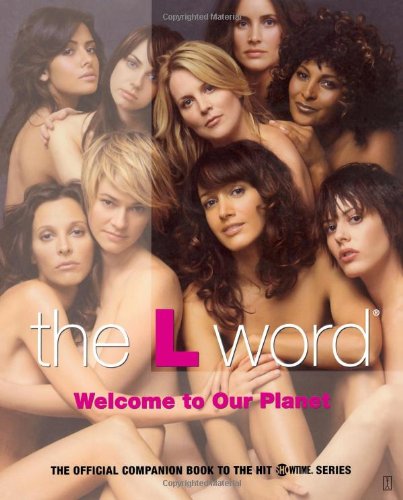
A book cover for The L Word: Welcome to Our Planet; Kera Bolonik; Humor & Entertainment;